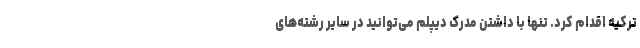
ترکیه اقدام کرد. تنها با داشتن مدرک دیپلم می‌توانید در سایر رشته‌های